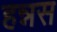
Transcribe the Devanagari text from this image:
हन्नस